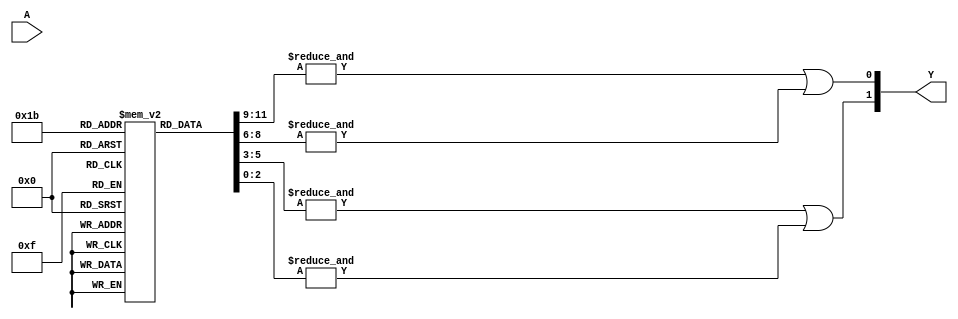
module PAL (
    input wire [N-1:0] A, // Input signals (A, B, C, ..., N)
    output wire [M-1:0] Y // Output signals (Y1, Y2, ..., Ym)
);

// Parameters defining the number of inputs and outputs
parameter N = 3; // Number of input signals
parameter M = 2; // Number of output signals
parameter AND_GATES = 4; // Number of programmable AND gates
parameter OR_GATES = 2; // Number of fixed OR gates

// Programmable AND array (4 AND gates)
reg [N-1:0] and_input [0:AND_GATES-1]; // Input connections for each AND gate
wire [AND_GATES-1:0] and_output; // Outputs from each AND gate

// Define the AND gate logic
generate
    genvar i;
    for (i = 0; i < AND_GATES; i = i + 1) begin : and_gate
        assign and_output[i] = &and_input[i]; // AND gate operation (AND all inputs)
    end
endgenerate

// Fixed OR array (2 OR gates)
wire or_output [0:OR_GATES-1]; // Outputs from each OR gate
assign or_output[0] = and_output[0] | and_output[1]; // OR gate 1
assign or_output[1] = and_output[2] | and_output[3]; // OR gate 2

// Assign outputs
assign Y[0] = or_output[0]; // Output Y1
assign Y[1] = or_output[1]; // Output Y2

// Programming method (example)
// This is a simple method to program the AND gates.
// In a real scenario, this would be done using fuses or antifuses.
task program_and_gate(input integer gate_index, input wire [N-1:0] connections);
    if (gate_index < AND_GATES) begin
        and_input[gate_index] = connections;
    end
endtask

endmodule